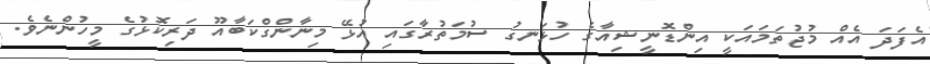
އެފަދަ އެއް މުޖުތަމައަކީ އިންޑޮނީޝިއާގެ ހުޅަނގު ސުމަތުރާގައި އުޅޭ މިނާންގްކަބާއޫ ދަރިކޮޅުގެ މީހުންނެވެ.